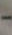
-